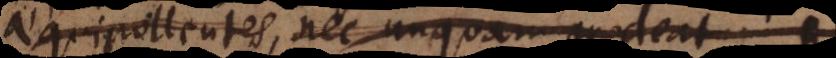
uipollentes, nec unquam prodeat B